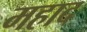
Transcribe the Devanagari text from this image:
महाद